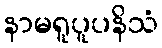
နာမရူပူပနိသံ